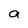
Character: a